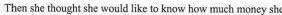
Then she thought she would like to know how much money she